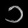
Digit: ၁